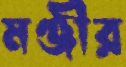
মঞ্জীর